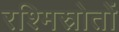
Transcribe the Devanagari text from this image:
रश्मिस्रोतों